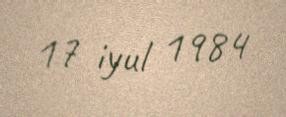
17 iyul 1984